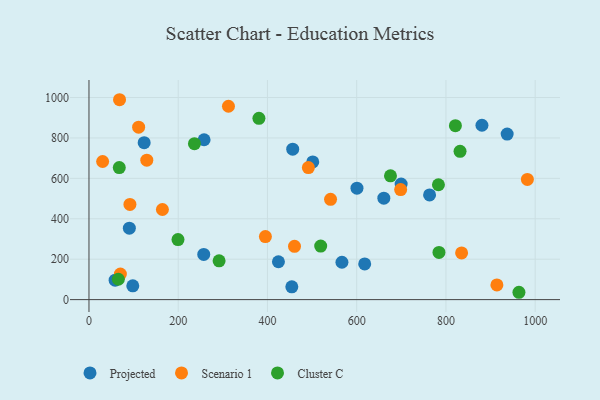
{"axis": {"x": "Investment", "y": "Yield"}, "legend": ["Cluster C", "Projected", "Scenario 1"], "data": [{"x": "58.6", "y": 96.1, "type": "Projected"}, {"x": "90.5", "y": 353.7, "type": "Projected"}, {"x": "566.9", "y": 184.9, "type": "Projected"}, {"x": "880.7", "y": 862.9, "type": "Projected"}, {"x": "763.3", "y": 518.1, "type": "Projected"}, {"x": "600.6", "y": 551.5, "type": "Projected"}, {"x": "258.0", "y": 791.1, "type": "Projected"}, {"x": "257.2", "y": 223.6, "type": "Projected"}, {"x": "501.5", "y": 681.1, "type": "Projected"}, {"x": "937.2", "y": 819.0, "type": "Projected"}, {"x": "424.6", "y": 187.3, "type": "Projected"}, {"x": "660.8", "y": 501.9, "type": "Projected"}, {"x": "98.2", "y": 68.1, "type": "Projected"}, {"x": "617.9", "y": 176.8, "type": "Projected"}, {"x": "123.7", "y": 776.6, "type": "Projected"}, {"x": "699.6", "y": 572.1, "type": "Projected"}, {"x": "456.6", "y": 744.6, "type": "Projected"}, {"x": "454.6", "y": 63.1, "type": "Projected"}, {"x": "395.4", "y": 311.7, "type": "Scenario 1"}, {"x": "541.4", "y": 496.2, "type": "Scenario 1"}, {"x": "914.2", "y": 72.5, "type": "Scenario 1"}, {"x": "70.4", "y": 126.4, "type": "Scenario 1"}, {"x": "129.6", "y": 690.0, "type": "Scenario 1"}, {"x": "835.1", "y": 230.9, "type": "Scenario 1"}, {"x": "30.6", "y": 683.3, "type": "Scenario 1"}, {"x": "460.6", "y": 263.7, "type": "Scenario 1"}, {"x": "982.5", "y": 594.5, "type": "Scenario 1"}, {"x": "68.5", "y": 989.1, "type": "Scenario 1"}, {"x": "111.3", "y": 853.4, "type": "Scenario 1"}, {"x": "312.6", "y": 956.8, "type": "Scenario 1"}, {"x": "491.7", "y": 653.2, "type": "Scenario 1"}, {"x": "164.6", "y": 445.8, "type": "Scenario 1"}, {"x": "91.8", "y": 470.9, "type": "Scenario 1"}, {"x": "698.5", "y": 544.7, "type": "Scenario 1"}, {"x": "236.4", "y": 771.5, "type": "Cluster C"}, {"x": "199.5", "y": 297.3, "type": "Cluster C"}, {"x": "67.9", "y": 653.3, "type": "Cluster C"}, {"x": "831.6", "y": 733.7, "type": "Cluster C"}, {"x": "291.6", "y": 191.8, "type": "Cluster C"}, {"x": "783.2", "y": 568.3, "type": "Cluster C"}, {"x": "519.3", "y": 265.1, "type": "Cluster C"}, {"x": "963.6", "y": 36.3, "type": "Cluster C"}, {"x": "821.2", "y": 860.8, "type": "Cluster C"}, {"x": "380.9", "y": 897.3, "type": "Cluster C"}, {"x": "784.4", "y": 233.7, "type": "Cluster C"}, {"x": "675.7", "y": 612.5, "type": "Cluster C"}, {"x": "65.8", "y": 100.7, "type": "Cluster C"}]}